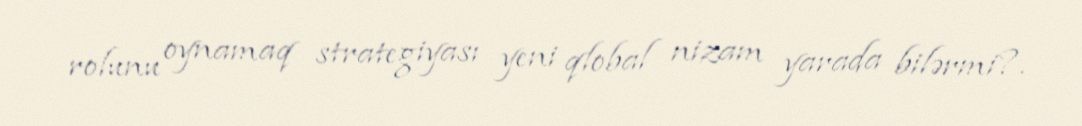
rolunu oynamaq strategiyası yeni qlobal nizam yarada bilərmi?.